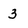
Character: 3